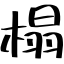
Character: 榻